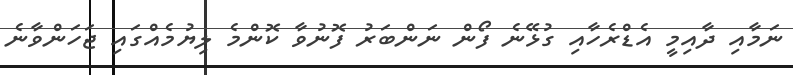
ނަމާއި ދާއިމީ އެޑްރެހާއި ގުޅޭނެ ފޯން ނަންބަރު ފޮނުވާ ކޮންމެ ލިޔުމެއްގައި ޖަހަންވާނެ